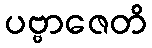
ပဗ္ဗာဇေတိ